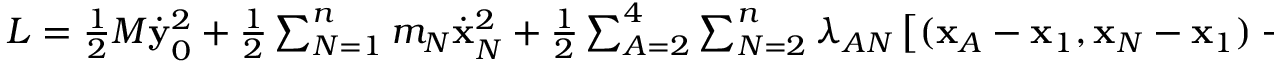
\begin{array} { r } { L = \frac 1 2 M \dot { \bf y } _ { 0 } ^ { 2 } + \frac 1 2 \sum _ { N = 1 } ^ { n } m _ { N } \dot { \bf x } _ { N } ^ { 2 } + \frac 1 2 \sum _ { A = 2 } ^ { 4 } \sum _ { N = 2 } ^ { n } \lambda _ { A N } \left[ ( { \bf x } _ { A } - { \bf x } _ { 1 } , { \bf x } _ { N } - { \bf x } _ { 1 } ) - a _ { A N } \right] , } \end{array}